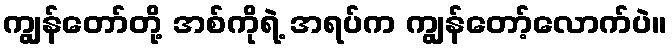
ကျွန်တော်တို့ အစ်ကိုရဲ့ အရပ်က ကျွန်တော့်လောက်ပဲ။